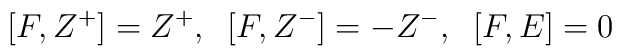
[F,Z^{+}]=Z^{+},\;\;[F,Z^{-}]=-Z^{-},\;\;[F,E]=0